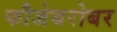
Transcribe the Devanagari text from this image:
फौजेबरोबर